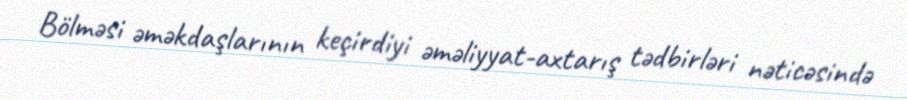
Bölməsi əməkdaşlarının keçirdiyi əməliyyat-axtarış tədbirləri nəticəsində